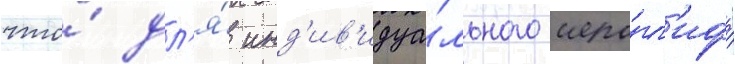
что́ дл'я́ инд'ив'идуа́льного иеро́гл'ифа